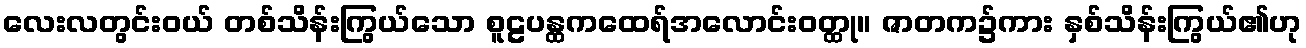
လေးလတွင်းဝယ် တစ်သိန်းကြွယ်သော စူဠပန္ထကထေရ်အလောင်းဝတ္ထု။ ဇာတက၌ကား နှစ်သိန်းကြွယ်၏ဟု